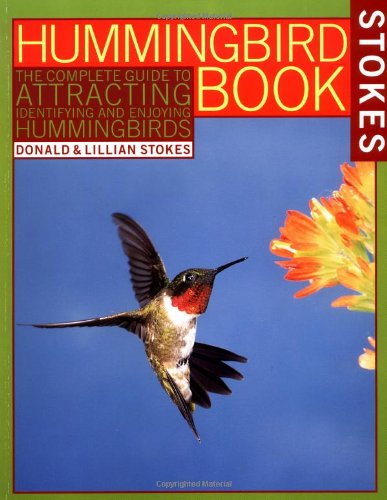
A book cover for The Hummingbird Book: The Complete Guide to Attracting, Identifying, and Enjoying Hummingbirds; Donald Stokes; Science & Math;